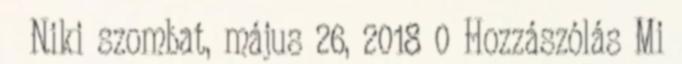
😜 Niki szombat, május 26, 2018 0 Hozzászólás Mi